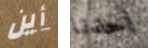
أين احدنا